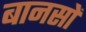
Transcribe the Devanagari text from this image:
बानसों